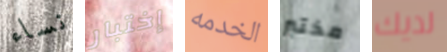
نساء إختبار الخدمه مختبر لديك